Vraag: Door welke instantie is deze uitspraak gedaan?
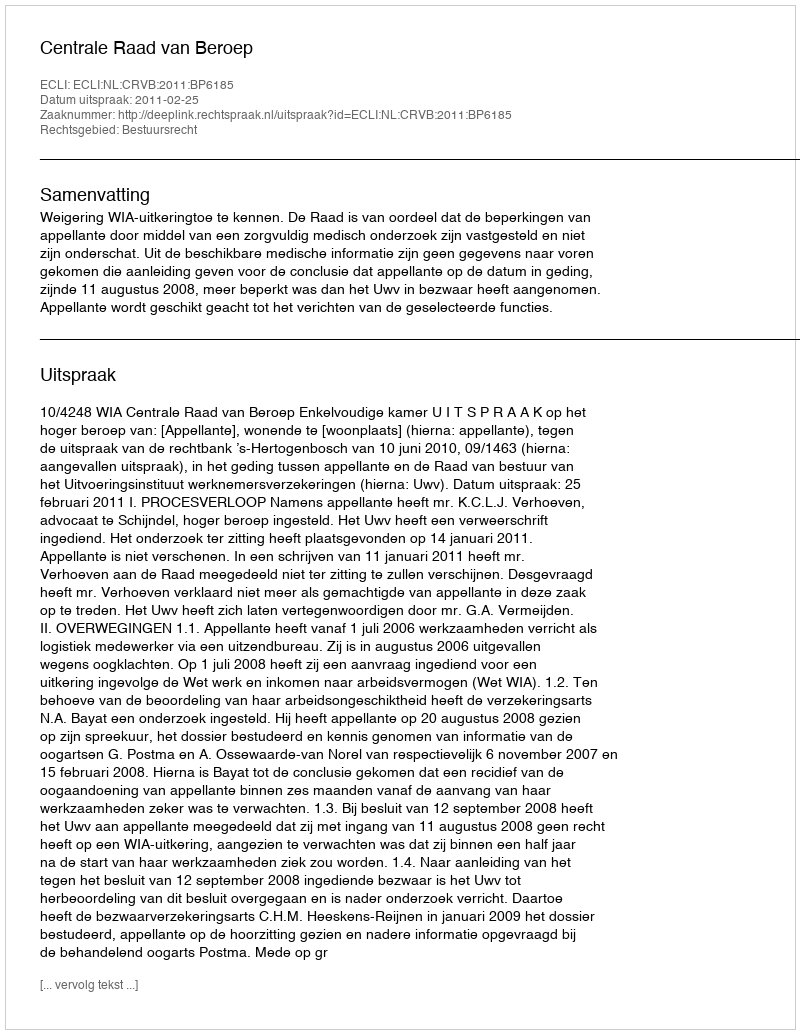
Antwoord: Centrale Raad van Beroep